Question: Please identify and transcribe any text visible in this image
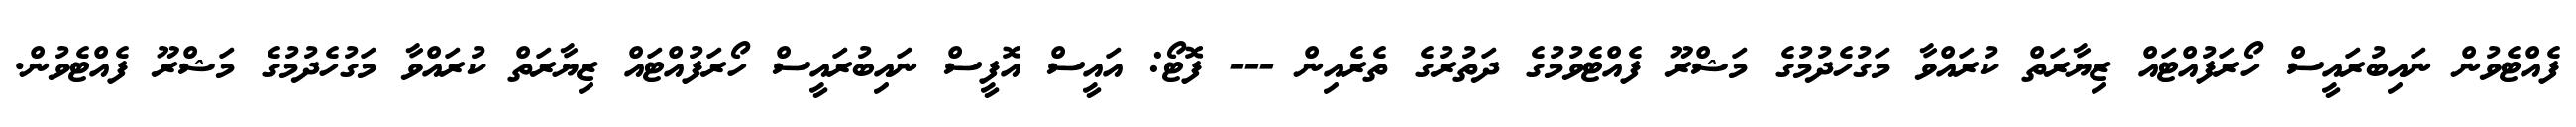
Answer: ފެއްޓެވުން ނައިބުރައީސް ހޯރަފުއްޓައް ޒިޔާރަތް ކުރައްވާ މަގުހެދުމުގެ މަޝްރޫ ފެއްޓެވުމުގެ ދަތުރުގެ ތެރެއިން --- ފޮޓޯ: އައީސް އޮފީސް ނައިބުރައީސް ހޯރަފުއްޓައް ޒިޔާރަތް ކުރައްވާ މަގުހެދުމުގެ މަޝްރޫ ފެއްޓެވުން.